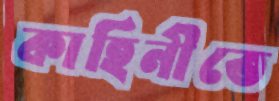
কাহিনীতে